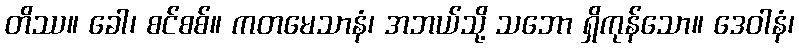
တိဿ။ ခေါ၊ စင်စစ်။ ကတမေသာနံ၊ အဘယ်သို့ သဘော ရှိကုန်သော။ ဒေဝါနံ၊